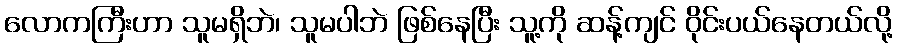
လောကကြီးဟာ သူမရှိဘဲ၊ သူမပါဘဲ ဖြစ်နေပြီး သူ့ကို ဆန့်ကျင် ဝိုင်းပယ်နေတယ်လို့